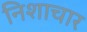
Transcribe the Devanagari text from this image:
निशाचार